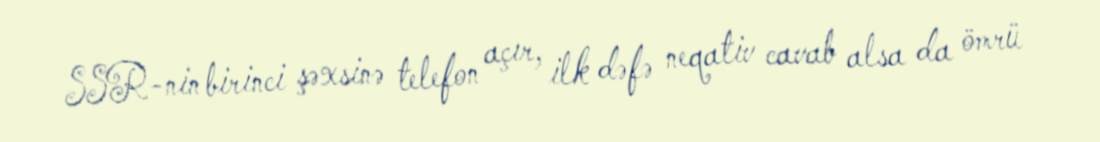
SSR-nin birinci şəxsinə telefon açır, ilk dəfə neqativ cavab alsa da ömrü